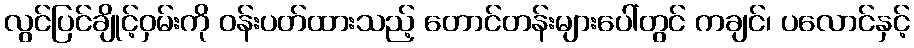
လွင်ပြင်ချိုင့်ဝှမ်းကို ဝန်းပတ်ထားသည့် တောင်တန်းများပေါ်တွင် ကချင်၊ ပလောင်နှင့်